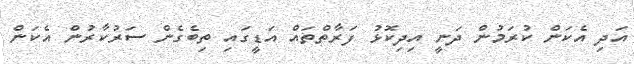
އަދި އެކަން ކުރަމުން ދަނީ އިދިކޮޅު ފަރާތްތައް އަޑީގައި ތިބެގެން ސަރުކާރުން އެކަން